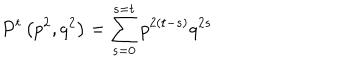
P ^ { t } \left( p ^ { 2 } , q ^ { 2 } \right) = \sum _ { s = 0 } ^ { s = t } p ^ { 2 \left( t - s \right) } q ^ { 2 s }